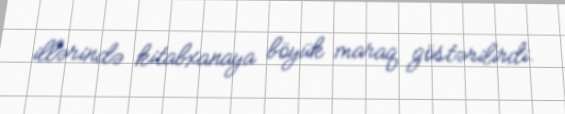
illərində kitabxanaya böyük maraq göstərilirdi.